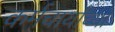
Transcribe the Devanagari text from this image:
कर्मचार्यांच्या